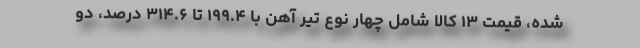
شده، قیمت ۱۳ کالا شامل چهار نوع تیر آهن با ۱۹۹.۴ تا ۳۱۴.۶ درصد، دو